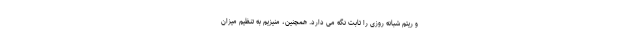
و ریتم شبانه روزی را ثابت نگه می دارد. همچنین، منیزیم به تنظیم میزان